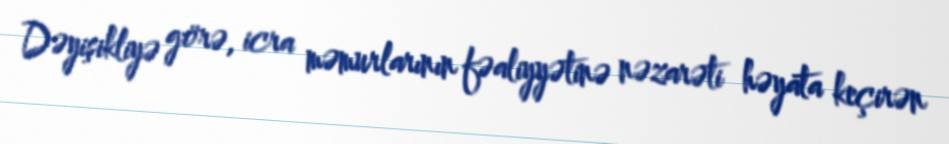
Dəyişikliyə görə, icra məmurlarının fəaliyyətinə nəzarəti həyata keçirən